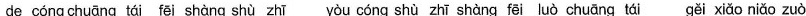
de cóng chuāng tái fēi shàng fēi shàng shù zhī yòu cóng shù zhī shàng fēi luò chuāng tái gěi xiǎo niǎo zuò